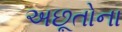
અછૂતોના